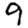
Digit: 9